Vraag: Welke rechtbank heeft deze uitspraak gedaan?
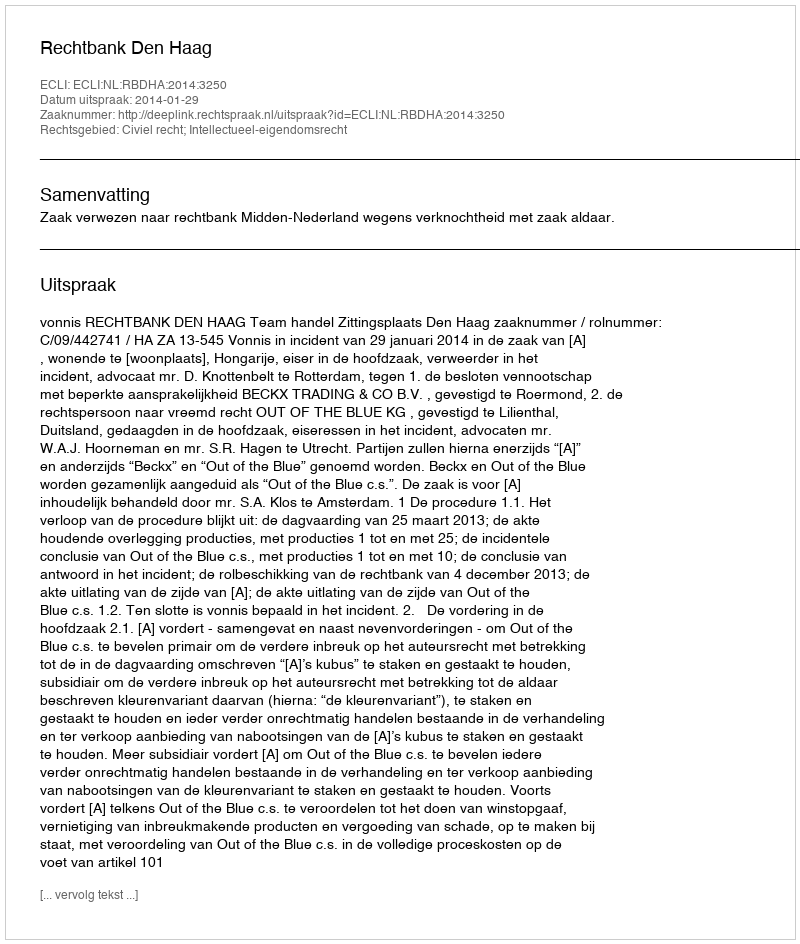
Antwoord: Rechtbank Den Haag